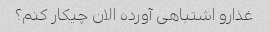
غذارو اشتباهی آورده الان چیکار کنم؟